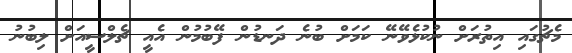
މެޗުގައި އިތުރަށް ނުކުޅެވޭނޭ ކަމަށް ބުނެ ދަނޑުން ފޭބުމުން އެއީ ޗެލްސީއަށް ލިބުނު